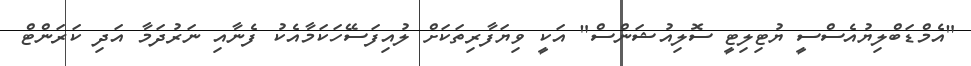
"އެމްޑަބްލިޔުއެސްސީ ޔުޓިލިޓީ ސޮލިއުޝަންސް" އަކީ ވިޔަފާރިތަކަށް ލުއިފަސޭހަކަމާއެކު ފެނާއި ނަރުދަމާ އަދި ކަރަންޓް